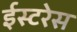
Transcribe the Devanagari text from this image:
ईस्टरेस